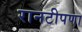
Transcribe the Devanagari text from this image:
रानटीपणा